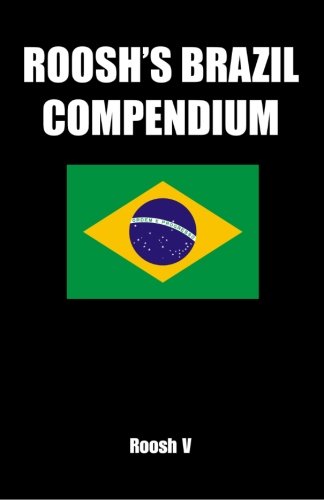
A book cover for Roosh's Brazil Compendium: Pickup Tips, City Guides, And Stories; Roosh V; Travel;